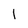
Character: I